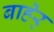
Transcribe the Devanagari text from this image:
बाहेर्